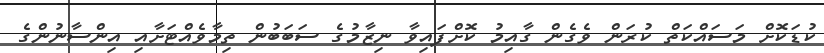
ކުޑަކޮށް މަސައްކަތް ކުރަން ވެގެން ގާއިމު ކޮށްފައިވާ ނިޒާމުގެ ސަބަބުން ތިމާވެއްޓަށާއި އިންސާނުންގެ